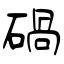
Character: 碢